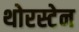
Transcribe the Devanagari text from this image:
थोरस्टेन